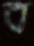
ব